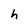
Character: h